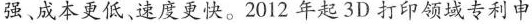
强、成本更低、速度更快。2012 年起3D打印领域专利申